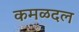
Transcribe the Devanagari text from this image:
कमळदल